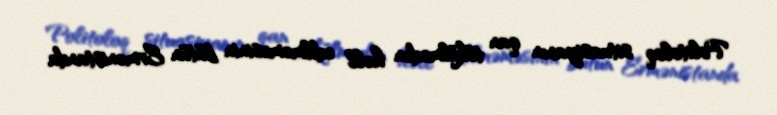
Politoloq situasiyanın qan tökülmədən həll edilməməsinin bütün Ermənistanda